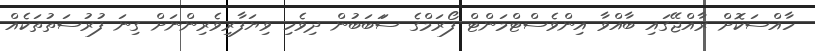
ހާއްސަކޮށް ރާއްޖޭގައި ބާއްވާ އިންވެސްޓްމަންޓް ފޯރަމްގެ ސަަަބަބުން ދިވެހި ވިޔަފާރިވެރިންނަށް ގިނަ ފުރުސަތުތަކެއް